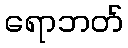
ရောဘတ်